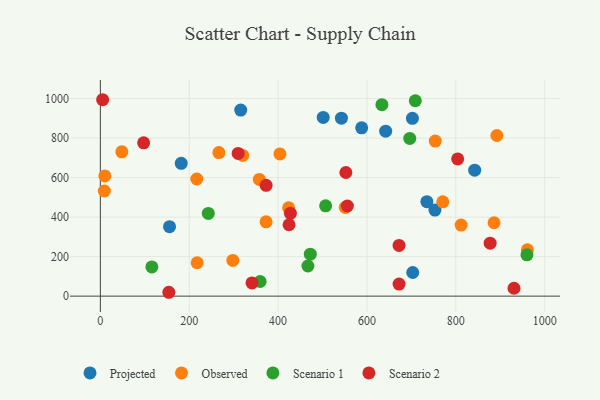
{"axis": {"x": "Price", "y": "Rating"}, "legend": ["Observed", "Projected", "Scenario 1", "Scenario 2"], "data": [{"x": "753.0", "y": 435.4, "type": "Projected"}, {"x": "542.5", "y": 900.6, "type": "Projected"}, {"x": "734.8", "y": 478.1, "type": "Projected"}, {"x": "501.5", "y": 904.7, "type": "Projected"}, {"x": "642.1", "y": 834.9, "type": "Projected"}, {"x": "702.3", "y": 899.9, "type": "Projected"}, {"x": "315.9", "y": 941.8, "type": "Projected"}, {"x": "703.0", "y": 119.6, "type": "Projected"}, {"x": "182.0", "y": 672.1, "type": "Projected"}, {"x": "588.1", "y": 851.8, "type": "Projected"}, {"x": "155.7", "y": 351.7, "type": "Projected"}, {"x": "842.4", "y": 637.8, "type": "Projected"}, {"x": "217.8", "y": 169.0, "type": "Observed"}, {"x": "298.1", "y": 180.7, "type": "Observed"}, {"x": "217.0", "y": 592.8, "type": "Observed"}, {"x": "357.7", "y": 591.0, "type": "Observed"}, {"x": "961.0", "y": 234.8, "type": "Observed"}, {"x": "770.6", "y": 477.6, "type": "Observed"}, {"x": "811.9", "y": 359.8, "type": "Observed"}, {"x": "886.0", "y": 371.4, "type": "Observed"}, {"x": "551.2", "y": 448.9, "type": "Observed"}, {"x": "892.3", "y": 813.2, "type": "Observed"}, {"x": "404.1", "y": 719.9, "type": "Observed"}, {"x": "753.7", "y": 784.8, "type": "Observed"}, {"x": "266.7", "y": 726.7, "type": "Observed"}, {"x": "8.9", "y": 532.2, "type": "Observed"}, {"x": "10.0", "y": 608.5, "type": "Observed"}, {"x": "423.7", "y": 446.9, "type": "Observed"}, {"x": "48.3", "y": 730.5, "type": "Observed"}, {"x": "372.9", "y": 376.3, "type": "Observed"}, {"x": "320.5", "y": 712.2, "type": "Observed"}, {"x": "472.5", "y": 212.5, "type": "Scenario 1"}, {"x": "359.6", "y": 74.1, "type": "Scenario 1"}, {"x": "467.1", "y": 152.5, "type": "Scenario 1"}, {"x": "242.9", "y": 418.6, "type": "Scenario 1"}, {"x": "633.6", "y": 969.0, "type": "Scenario 1"}, {"x": "696.3", "y": 798.3, "type": "Scenario 1"}, {"x": "708.8", "y": 989.1, "type": "Scenario 1"}, {"x": "507.0", "y": 456.9, "type": "Scenario 1"}, {"x": "960.0", "y": 209.1, "type": "Scenario 1"}, {"x": "115.9", "y": 147.9, "type": "Scenario 1"}, {"x": "672.2", "y": 256.7, "type": "Scenario 2"}, {"x": "804.1", "y": 694.5, "type": "Scenario 2"}, {"x": "877.2", "y": 268.2, "type": "Scenario 2"}, {"x": "97.4", "y": 776.2, "type": "Scenario 2"}, {"x": "373.0", "y": 561.0, "type": "Scenario 2"}, {"x": "154.1", "y": 19.5, "type": "Scenario 2"}, {"x": "310.1", "y": 722.6, "type": "Scenario 2"}, {"x": "555.9", "y": 456.3, "type": "Scenario 2"}, {"x": "427.7", "y": 418.9, "type": "Scenario 2"}, {"x": "424.6", "y": 361.4, "type": "Scenario 2"}, {"x": "552.5", "y": 625.9, "type": "Scenario 2"}, {"x": "5.1", "y": 994.2, "type": "Scenario 2"}, {"x": "341.3", "y": 67.0, "type": "Scenario 2"}, {"x": "672.3", "y": 61.0, "type": "Scenario 2"}, {"x": "930.9", "y": 39.9, "type": "Scenario 2"}]}